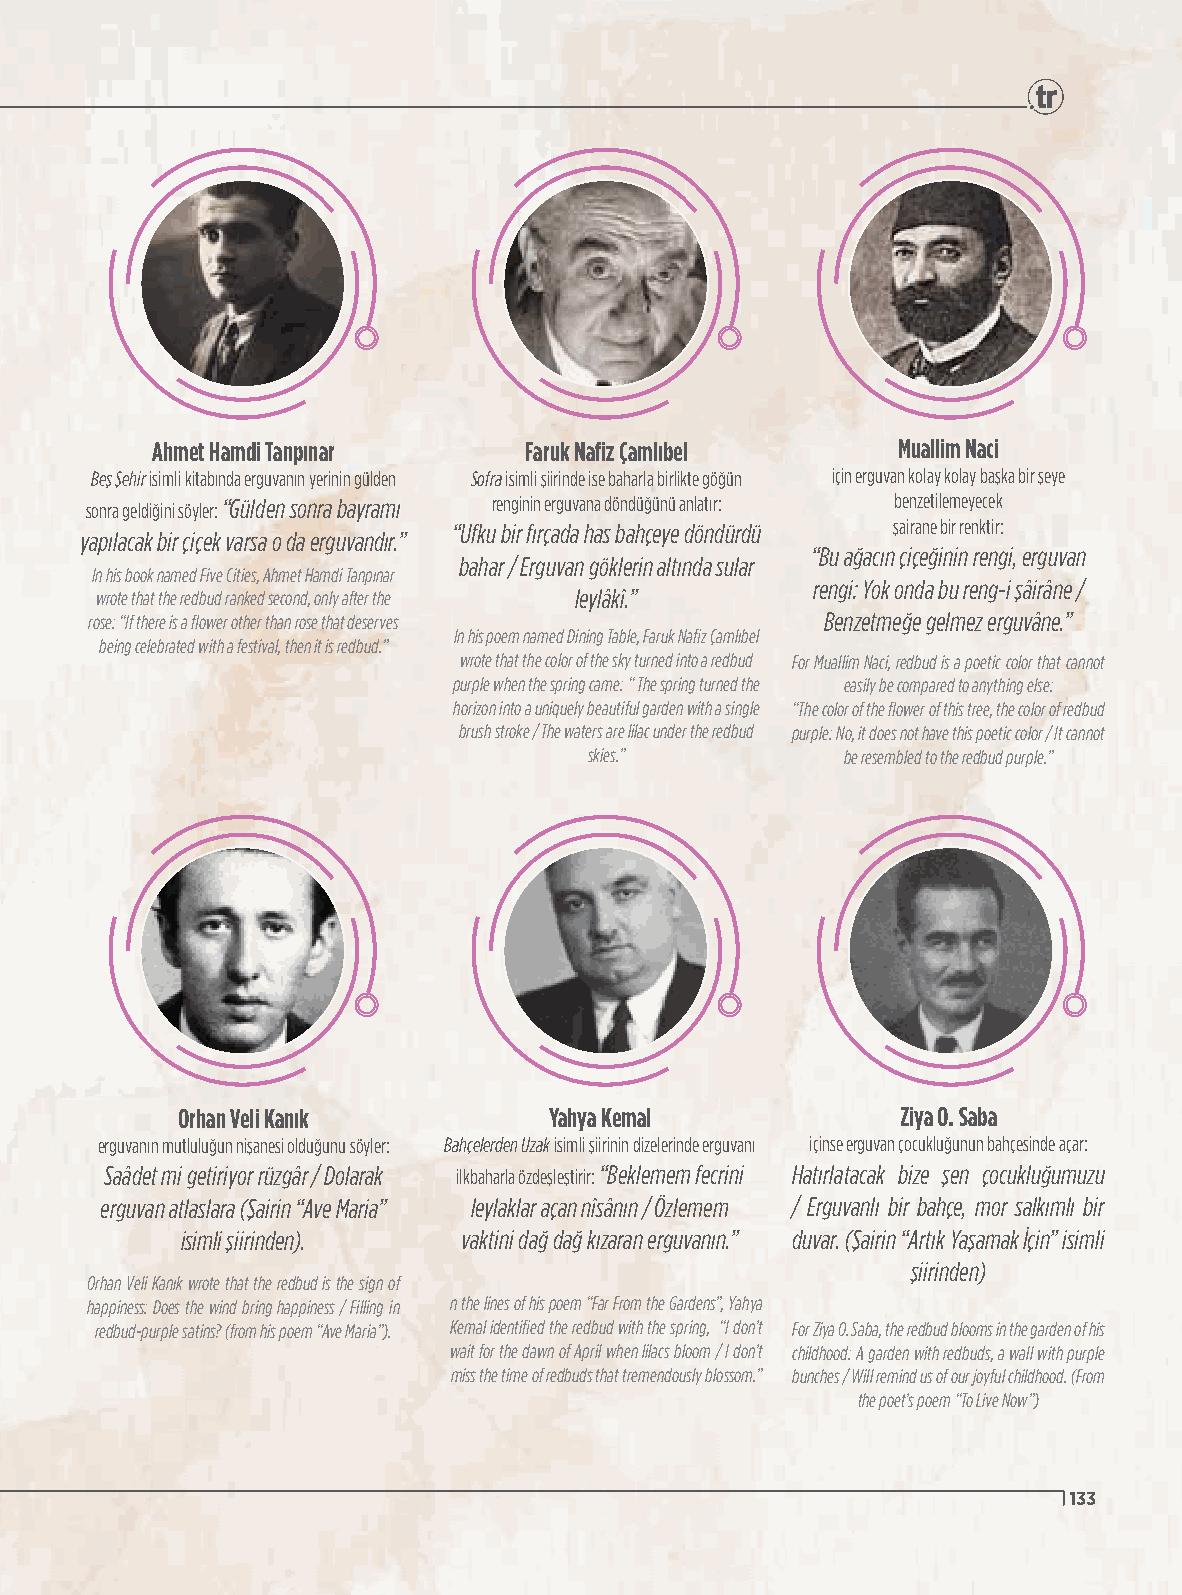
Ahmet Hamdi Tanpınar     Faruk Nafiz Çamlıbel    Muallim Naci
 Beş Şehir isimli kitabında erguvanın yerinin gülden Sofra isimli şiirinde ise baharla birlikte göğün için erguvan kolay kolay başka bir şeye
 sonra geldiğini söyler: “Gülden sonra bayramı renginin erguvana döndüğünü anlatır: benzetilemeyecek
 “Ufku bir fırçada has bahçeye döndürdü şairane bir renktir:
 yapılacak bir çiçek varsa o da erguvandır.”
 “Bu ağacın çiçeğinin rengi, erguvan
 bahar / Erguvan göklerin altında sular
 In his book named Five Cities, Ahmet Hamdi Tanpınar
 rengi: Yok onda bu reng-i şâirâne /
 wrote that the redbud ranked second, only after the leylâkî.”
 rose: “If there is a flower other than rose that deserves Benzetmeğe gelmez erguvâne.”
 In his poem named Dining Table, Faruk Nafiz Çamlıbel
 being celebrated with a festival, then it is redbud.”
 wrote that the color of the sky turned into a redbud For Muallim Naci, redbud is a poetic color that cannot
 purple when the spring came: “ The spring turned the easily be compared to anything else:
 horizon into a uniquely beautiful garden with a single “The color of the flower of this tree, the color of redbud
 brush stroke / The waters are lilac under the redbud purple: No, it does not have this poetic color / It cannot
 skies.”          be resembled to the redbud purple.”
 Orhan Veli Kanık        Yahya Kemal             Ziya O. Saba
 erguvanın mutluluğun nişanesi olduğunu söyler: Bahçelerden Uzak isimli şiirinin dizelerinde erguvanı içinse erguvan çocukluğunun bahçesinde açar:
 Saâdet mi getiriyor rüzgâr / Dolarak ilkbaharla özdeşleştirir: “Beklemem fecrini Hatırlatacak bize şen çocukluğumuzu
 erguvan atlaslara (Şairin “Ave Maria” leylaklar açan nîsânın / Özlemem / Erguvanlı bir bahçe, mor salkımlı bir
 isimli şiirinden). vaktini dağ dağ kızaran erguvanın.” duvar. (Şairin “Artık Yaşamak İçin” isimli
 şiirinden)
 Orhan Veli Kanık wrote that the redbud is the sign of
 happiness: Does the wind bring happiness / Filling in n the lines of his poem “Far From the Gardens”, Yahya
 redbud-purple satins? (from his poem “Ave Maria”). Kemal identified the redbud with the spring, “I don’t For Ziya O. Saba, the redbud blooms in the garden of his
 wait for the dawn of April when lilacs bloom / I don’t childhood: A garden with redbuds, a wall with purple
 miss the time of redbuds that tremendously blossom.” bunches / Will remind us of our joyful childhood. (From
 the poet’s poem “To Live Now”)
 133